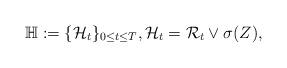
LaTeX: \begin{align*}\mathbb{H}:= \{\mathcal{H}_t\}_{0\leq t \leq T},\mathcal{H}_t=\mathcal{R}_t \vee \sigma(Z),\end{align*}